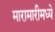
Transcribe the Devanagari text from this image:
मारामारीमध्ये